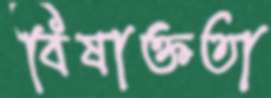
বিষাক্ততা